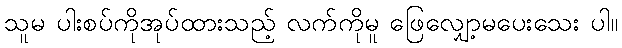
သူမ ပါးစပ်ကိုအုပ်ထားသည့် လက်ကိုမူ ဖြေလျှော့မပေးသေး ပါ။